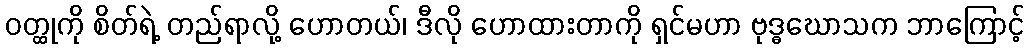
ဝတ္ထုကို စိတ်ရဲ့ တည်ရာလို့ ဟောတယ်၊ ဒီလို ဟောထားတာကို ရှင်မဟာ ဗုဒ္ဓဃောသက ဘာကြောင့်